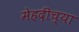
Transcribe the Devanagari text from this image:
मेहदीच्या